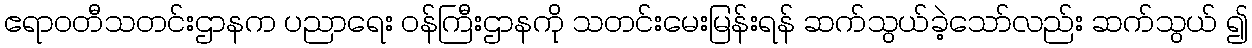
ဧရာဝတီသတင်းဌာနက ပညာရေး ဝန်ကြီးဌာနကို သတင်းမေးမြန်းရန် ဆက်သွယ်ခဲ့သော်လည်း ဆက်သွယ် ၍